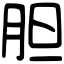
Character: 胆